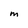
Character: M